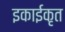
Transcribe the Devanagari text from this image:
इकाईकृत